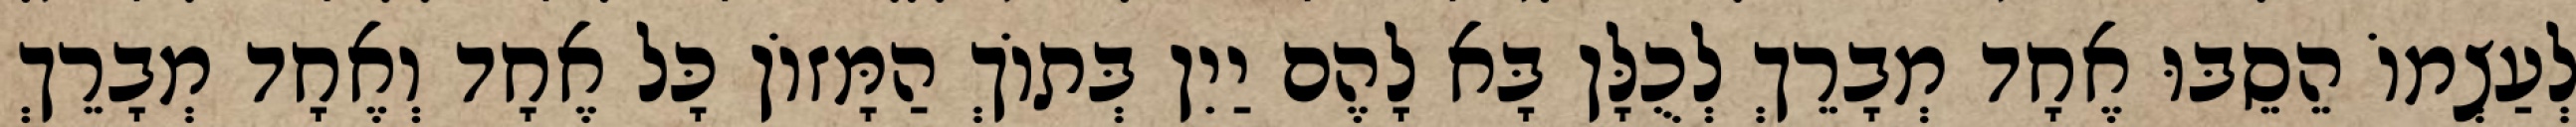
לְעַצְמוֹ הֵסֵבּוּ אֶחָד מְבָרֵךְ לְכֻלָּן בָּא לָהֶם יַיִן בְּתוֹךְ הַמָּזוֹן כָּל אֶחָד וְאֶחָד מְבָרֵךְ